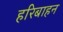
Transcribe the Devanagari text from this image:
हरिबाहन